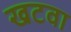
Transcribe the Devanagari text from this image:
खटवा